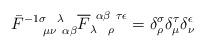
LaTeX: \begin{align*}\bar{F}^{-1 \sigma ~~\lambda}_{~~~~\mu \nu ~\alpha \beta}\overline F_{\lambda~~\rho}^{~\alpha \beta ~ \tau \epsilon} =\delta^\sigma_\rho \delta^\tau_\mu \delta^\epsilon_\nu\end{align*}